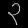
Digit: ၃